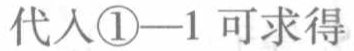
代入\textcircled{1}—1 可求得